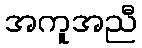
အကူအညီ